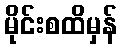
မိုင်းစထိမှန်